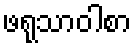
ဖရုသာဝါစာ